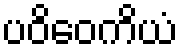
ပဝိဝေကိယံ